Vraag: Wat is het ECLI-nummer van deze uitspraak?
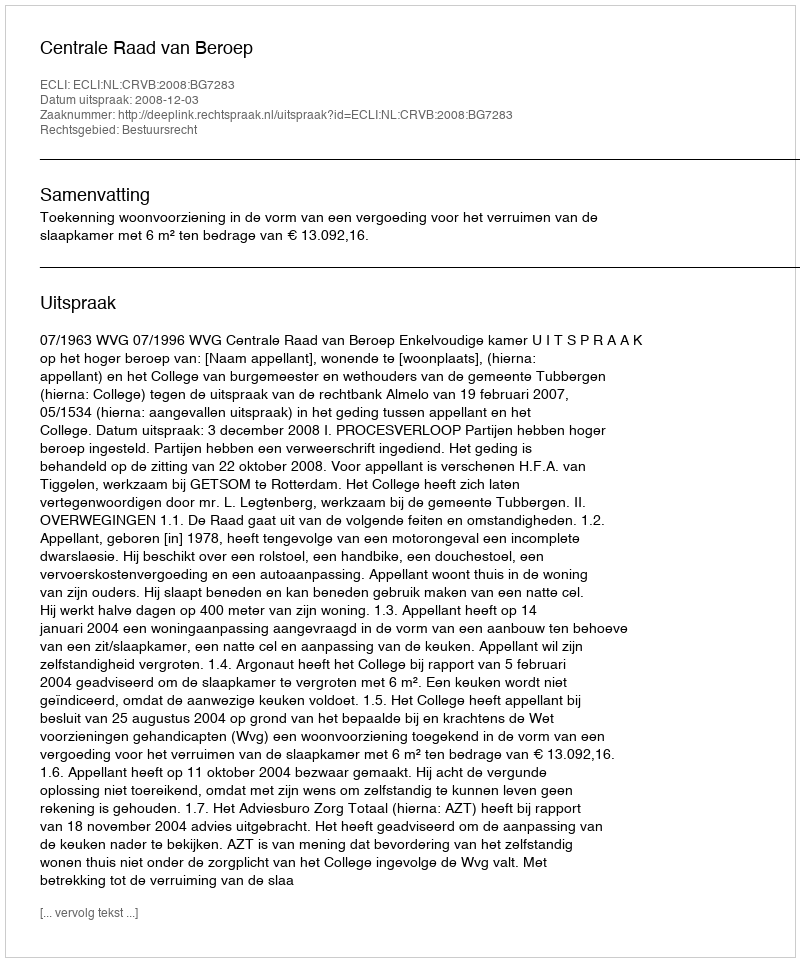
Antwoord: ECLI:NL:CRVB:2008:BG7283